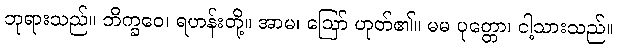
ဘုရားသည်။ ဘိက္ခဝေ၊ ရဟန်းတို့။ အာမ၊ ဩော် ဟုတ်၏။ မမ ပုတ္တော၊ ငါ့သားသည်။